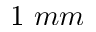
1 \ m m